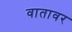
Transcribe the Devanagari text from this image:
वातावर